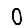
Digit: 0